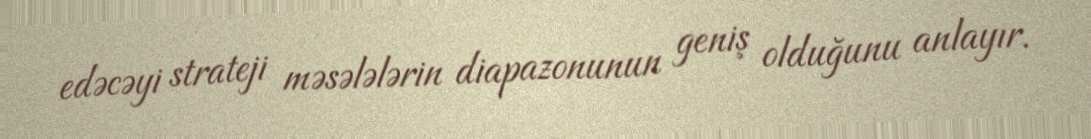
edəcəyi strateji məsələlərin diapazonunun geniş olduğunu anlayır.